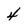
Character: 4